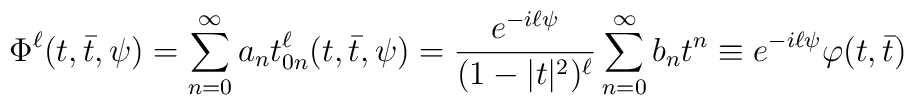
\Phi^\ell(t,\bar t,\psi) =  \sum_{n=0}^{\infty}a_n t^\ell_{0n}(t,\bar t,\psi) =   \frac{e^{-i\ell\psi}}{(1-|t|^2)^\ell}  \sum_{n=0}^{\infty}b_n t^n \equiv e^{-i\ell\psi}\varphi(t,\bar t)\,